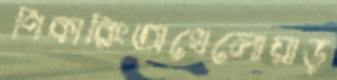
পিকারিংঅখেলোয়াড়